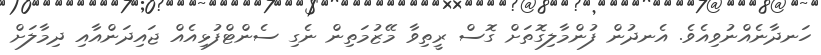
ހަނދާނެއްނުވިއެވެ. އެނދުން ފުންމާލިގޮތަށް ގޮސް ރީތިވާ މޭޒުމަތިން ނެގި ސެންޓްފުޅިއެއް ޖައިދަންއާއި ދިމާލަށް